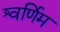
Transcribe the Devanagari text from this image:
श्वर्णिम